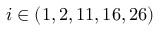
i \in ( 1 , 2 , 1 1 , 1 6 , 2 6 )